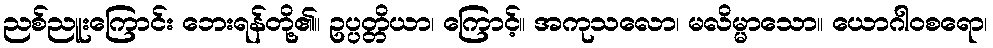
ညစ်ညူးကြောင်း ဘေးရန်တို့၏။ ဥပ္ပတ္တိယာ၊ ကြောင့်။ အကုသလော၊ မလိမ္မာသော။ ယောဂါဝစရော၊